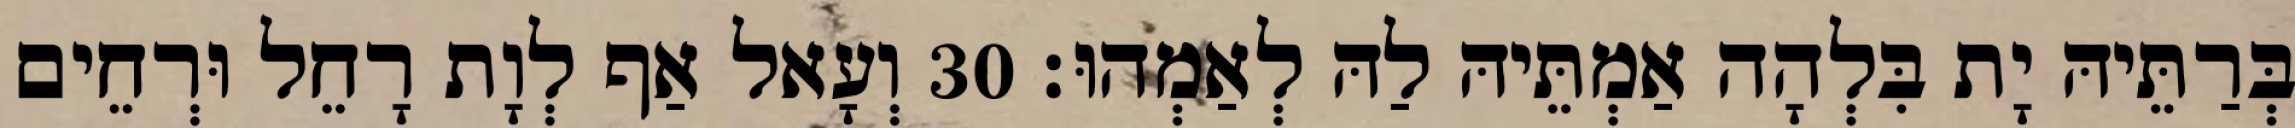
בְּרַתֵּיהּ יָת בִּלְהָה אַמְתֵּיהּ לַהּ לְאַמְהוּ׃ 30 וְעָאל אַף לְוָת רָחֵל וּרְחֵים